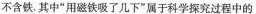
不含铁。其中”用磁铁吸了几下”属于科学探究过程中的